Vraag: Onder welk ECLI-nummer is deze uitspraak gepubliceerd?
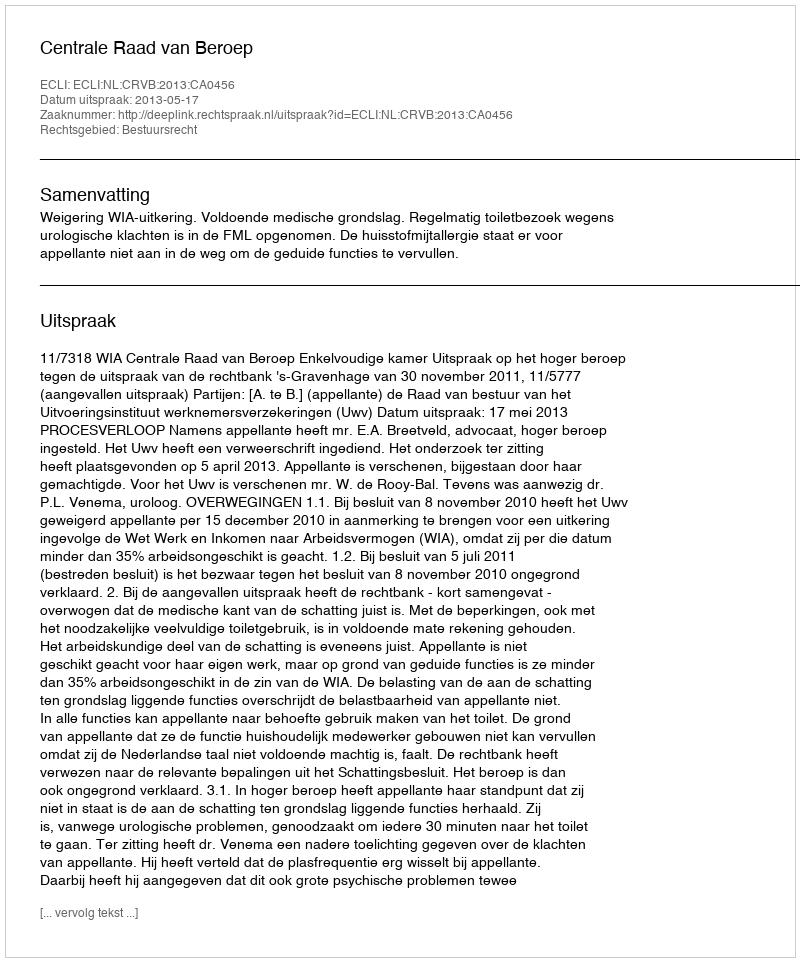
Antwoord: ECLI:NL:CRVB:2013:CA0456